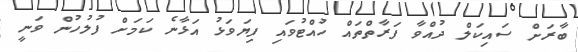
ބާރަށް ސައިކަލް ދުއްވާ ފަރާތްތައް ހުއްޓުވައި ފިޔަވަޅު އަޅާނެ ކަމަށް ފުލުހުން ވަނީ